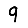
Digit: 9